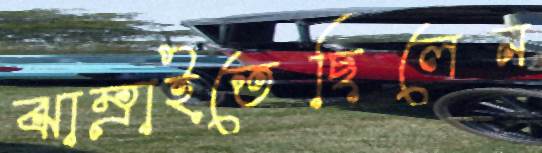
ঝাম্‌রাইতেছিলেন